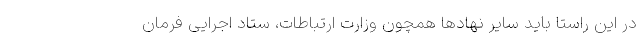
در این راستا باید سایر نهادها همچون وزارت ارتباطات، ستاد اجرایی فرمان